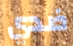
ضدي